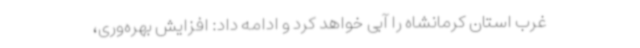
غرب استان کرمانشاه را آبی خواهد کرد و ادامه داد: افزایش بهره‌وری،